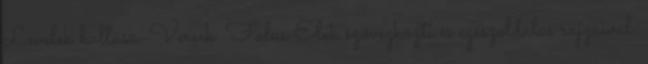
Levelek hullása. Versek. Falus Elek szövegközti és egészoldalas rajzaival.